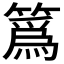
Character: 䈧